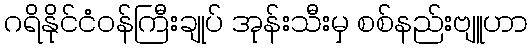
ဂရိနိုင်ငံဝန်ကြီးချုပ် အုန်းသီးမှ စစ်နည်းဗျူဟာ